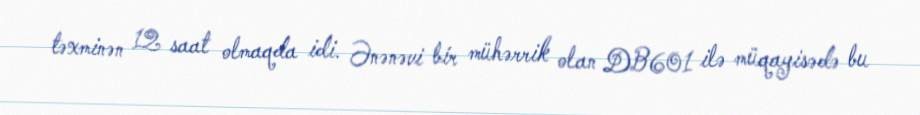
təxminən 12 saat olmaqda idi. Ənənəvi bir mühərrik olan DB601 ilə müqayisədə bu